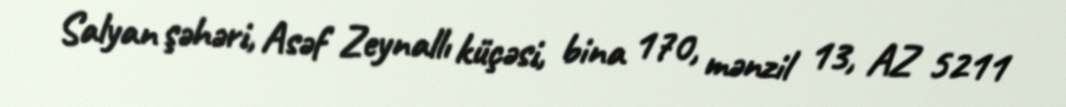
Salyan şəhəri, Asəf Zeynallı küçəsi, bina 170, mənzil 13, AZ 5211